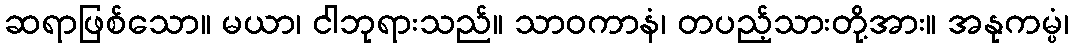
ဆရာဖြစ်သော။ မယာ၊ ငါဘုရားသည်။ သာဝကာနံ၊ တပည့်သားတို့အား။ အနုကမ္ပံ၊